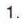
1.